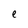
Character: e